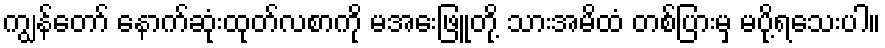
ကျွန်တော် နောက်ဆုံးထုတ်လစာကို မအေးဖြူတို့ သားအမိထံ တစ်ပြားမှ မပို့ရသေးပါ။